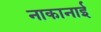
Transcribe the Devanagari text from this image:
नाकानाई